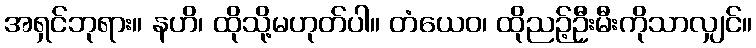
အရှင်ဘုရား။ နဟိ၊ ထိုသို့မဟုတ်ပါ။ တံယေဝ၊ ထိုညဉ့်ဦးမီးကိုသာလျှင်။